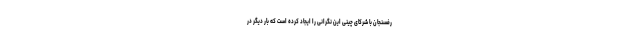
رفسنجان با شرکای چینی این نگرانی را ایجاد کرده است که بار دیگر در